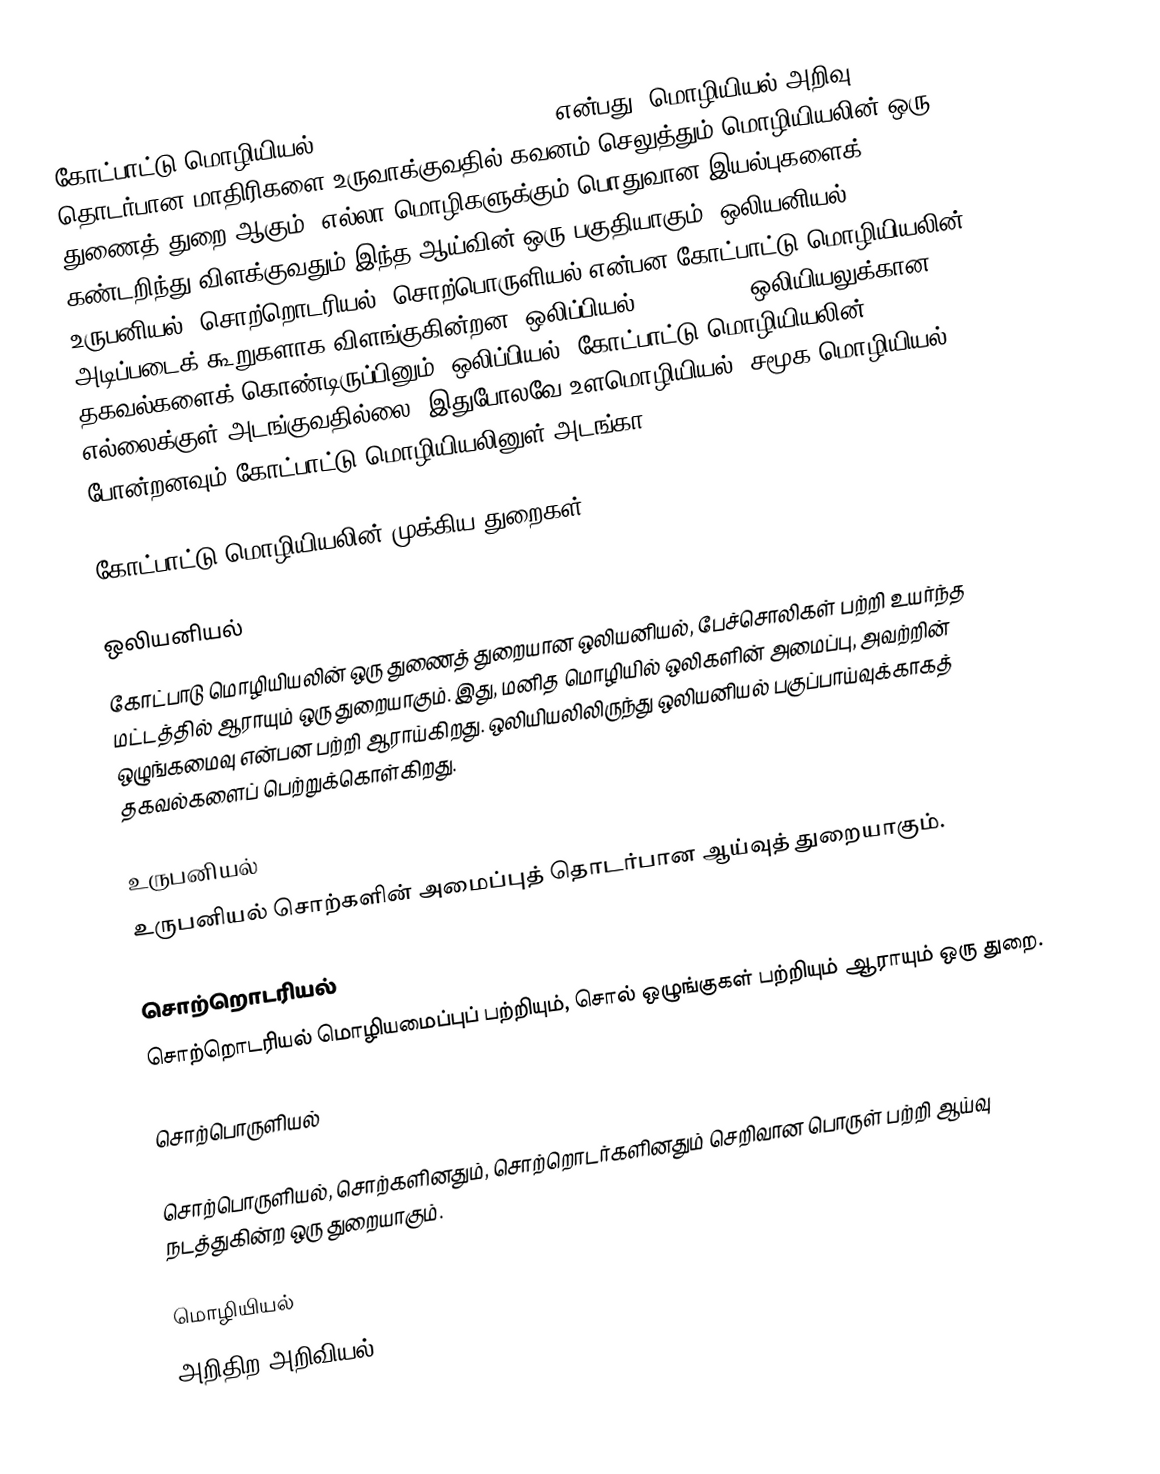
கோட்பாட்டு மொழியியல் (Theoretical linguistics) என்பது, மொழியியல் அறிவு தொடர்பான மாதிரிகளை உருவாக்குவதில் கவனம் செலுத்தும் மொழியியலின் ஒரு துணைத் துறை ஆகும். எல்லா மொழிகளுக்கும் பொதுவான இயல்புகளைக் கண்டறிந்து விளக்குவதும் இந்த ஆய்வின் ஒரு பகுதியாகும்.  ஒலியனியல் (phonology), உருபனியல், சொற்றொடரியல், சொற்பொருளியல் என்பன கோட்பாட்டு மொழியியலின் அடிப்படைக் கூறுகளாக விளங்குகின்றன. ஒலிப்பியல் (phonetics) ஒலியியலுக்கான தகவல்களைக் கொண்டிருப்பினும், ஒலிப்பியல், கோட்பாட்டு மொழியியலின் எல்லைக்குள் அடங்குவதில்லை. இதுபோலவே உளமொழியியல், சமூக மொழியியல் போன்றனவும் கோட்பாட்டு மொழியியலினுள் அடங்கா.

கோட்பாட்டு மொழியியலின் முக்கிய துறைகள்

ஒலியனியல்
கோட்பாடு மொழியியலின் ஒரு துணைத் துறையான ஒலியனியல், பேச்சொலிகள் பற்றி உயர்ந்த மட்டத்தில் ஆராயும் ஒரு துறையாகும். இது, மனித மொழியில் ஒலிகளின் அமைப்பு, அவற்றின் ஒழுங்கமைவு என்பன பற்றி ஆராய்கிறது. ஒலியியலிலிருந்து ஒலியனியல் பகுப்பாய்வுக்காகத் தகவல்களைப் பெற்றுக்கொள்கிறது.

உருபனியல்
உருபனியல் சொற்களின் அமைப்புத் தொடர்பான ஆய்வுத் துறையாகும்.

சொற்றொடரியல்
சொற்றொடரியல் மொழியமைப்புப் பற்றியும், சொல் ஒழுங்குகள் பற்றியும் ஆராயும் ஒரு துறை.

சொற்பொருளியல்

சொற்பொருளியல், சொற்களினதும், சொற்றொடர்களினதும் செறிவான பொருள் பற்றி ஆய்வு நடத்துகின்ற ஒரு துறையாகும்.

மொழியியல்
அறிதிற அறிவியல்